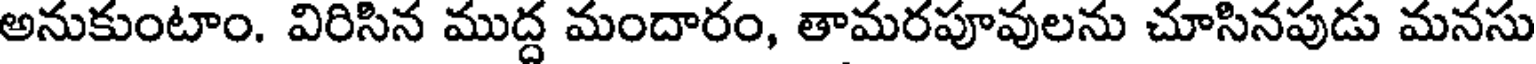
అనుకుంటాం. విరిసిన ముద్ద మందారం, తామరపూవులను చూసినపుడు మనసు